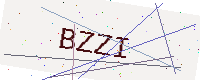
Text: BZZI